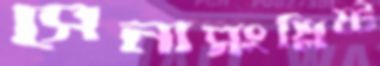
সেনাসংশ্লিষ্ট